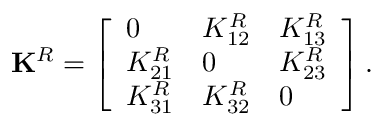
\mathbf { K } ^ { R } = \left[ \begin{array} { l l l } { 0 } & { K _ { 1 2 } ^ { R } } & { K _ { 1 3 } ^ { R } } \\ { K _ { 2 1 } ^ { R } } & { 0 } & { K _ { 2 3 } ^ { R } } \\ { K _ { 3 1 } ^ { R } } & { K _ { 3 2 } ^ { R } } & { 0 } \end{array} \right] .